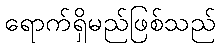
ရောက်ရှိမည်ဖြစ်သည်